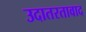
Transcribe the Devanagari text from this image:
उदातरतावाद